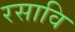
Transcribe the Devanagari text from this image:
रसावि